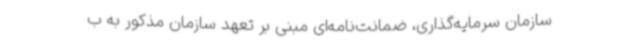
سازمان سرمایه‌گذاری، ضمانت‌نامه‌ای مبنی بر تعهد سازمان مذکور به ب